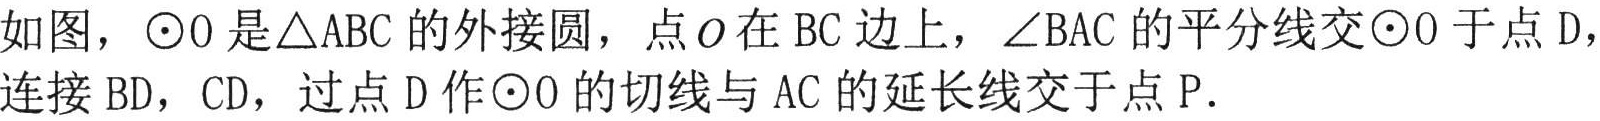
如图，$\odot O$是$\triangle ABC$的外接圆，点$O$在$BC$边上，$\angle BAC$的平分线交$\odot O$于点$D$，
连接$BD$，$CD$，过点$D$作$\odot O$的切线与$AC$的延长线交于点$P$．